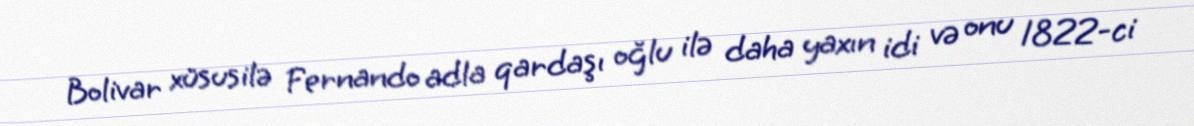
Bolivar xüsusilə Fernando adla qardaşı oğlu ilə daha yaxın idi və onu 1822-ci